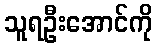
သူရဦးအောင်ကို